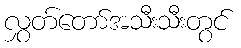
လွှတ်တော်အသီးသီးတွင်